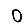
Digit: 0